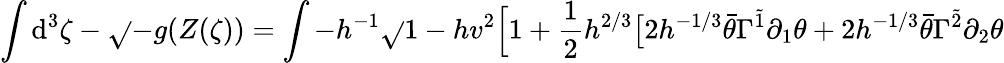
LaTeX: \int\mathrm{d}^{3}\zeta-\sqrt{}{{-g(Z(\zeta))}}=\int-h^{-1}\sqrt{}{{1-hv^{2}}}\Big[1+\frac{{1}}{{2}}h^{2/3}\big[2h^{-1/3}\bar{{\theta}}\Gamma^{\tilde{{1}}}\partial_{1}\theta+2h^{-1/3}\bar{{\theta}}\Gamma^{\tilde{{2}}}\partial_{2}\theta